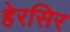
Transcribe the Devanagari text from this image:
हेरसिर